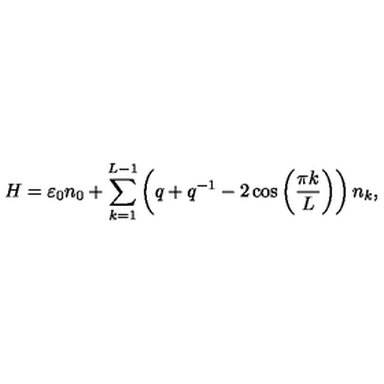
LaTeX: H = \varepsilon _ { 0 } n _ { 0 } + \sum _ { k = 1 } ^ { L - 1 } \left( q + q ^ { - 1 } - 2 \cos \left( \frac { \pi k } { L } \right) \right) n _ { k } ,